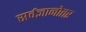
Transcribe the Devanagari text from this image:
सर्वज्ञानोतर